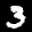
Label: 3